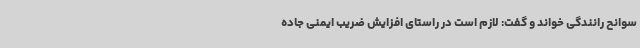
سوانح رانندگی خواند و گفت: لازم است در راستای افزایش ضریب ایمنی جاده